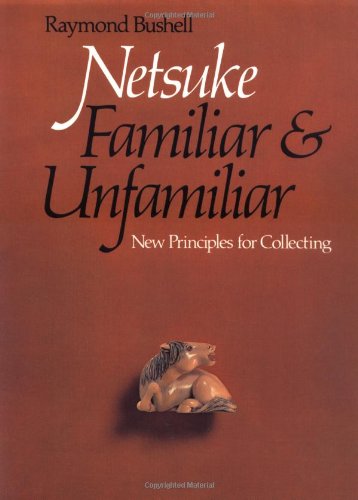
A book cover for Netsuke Familiar & Unfamiliar; Raymond Bushell; Crafts, Hobbies & Home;